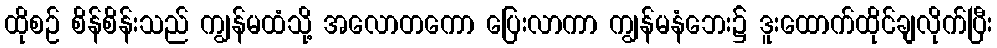
ထိုစဉ် စိန်စိန်းသည် ကျွန်မထံသို့ အလောတကော ပြေးလာကာ ကျွန်မနံဘေး၌ ဒူးထောက်ထိုင်ချလိုက်ပြီး